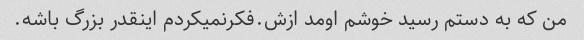
من که به دستم رسید خوشم اومد ازش.فکرنمیکردم اینقدر بزرگ باشه.